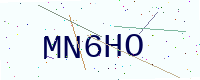
Text: MN6HO